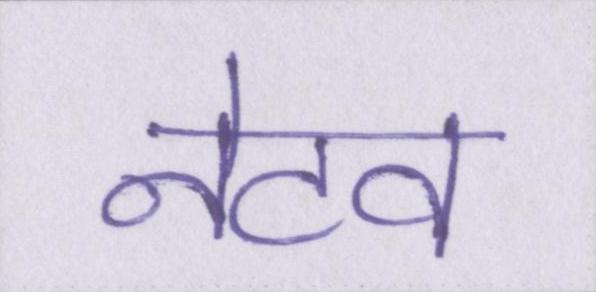
नेटव